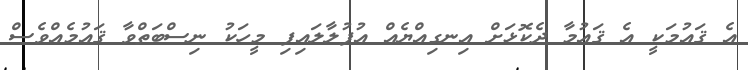
އެ ޤައުމަކީ އެ ޤައުމާ ދެކޮޅަށް އިނގިއްޔެއް އުފުލާލައިފި މީހަކު ނިސްބަތްވާ ޤައުމެއްވެސް